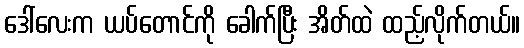
ဒေါ်လေးက ယပ်တောင်ကို ခေါက်ပြီး အိတ်ထဲ ထည့်လိုက်တယ်။